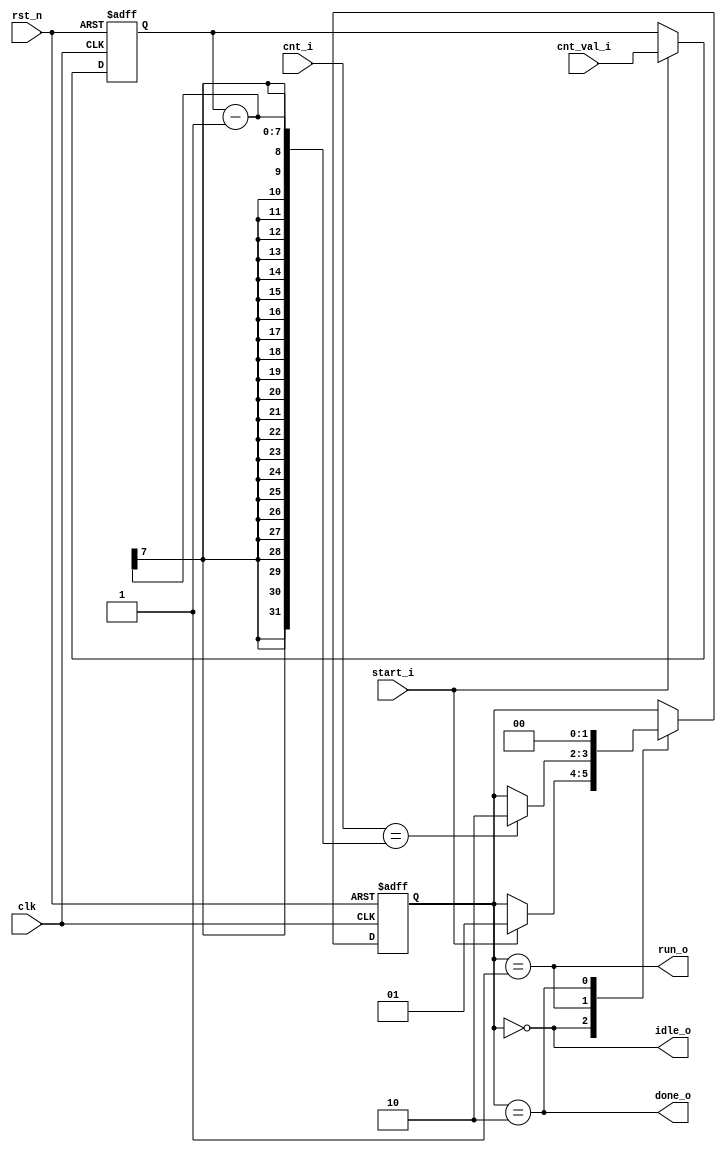
module Counter_fsm #(
    parameter CNT_WIDTH = 7
    )
    (
    input clk,
    input rst_n,
    
    input start_i,
    
    input [CNT_WIDTH-1:0] cnt_val_i,  // purpose of count
    input [CNT_WIDTH-1:0] cnt_i,      // counter counting number
    
    output idle_o,
    output run_o,
    output done_o
);

    localparam IDLE = 2'b00;
    localparam RUN  = 2'b01;
    localparam DONE = 2'b10;
    
    
    reg [CNT_WIDTH-1:0] cnt_val;
    // 1. cnt val capture
    always @(posedge clk, negedge rst_n) begin
        if (!rst_n) begin
            cnt_val <= {(CNT_WIDTH){1'b0}};        
        end else if (start_i) begin
            cnt_val <= cnt_val_i;        
        end 
    end
    
    
    reg [1:0] c_state, n_state;
    // 2. FSM seq logic
    always @(posedge clk, negedge rst_n) begin
        if (!rst_n) begin
            c_state <= IDLE;
        end else begin
            c_state <= n_state;
        end
    end
    
    // 3. FSM comb logic
    always @(*) begin
        n_state = c_state;    // prevent latch
        case (c_state) 
            IDLE : begin
                if (start_i) begin
                    n_state = RUN;  // if start_i, transition to RUN state
                end
            end
            RUN : begin
                if (cnt_i == cnt_val-1) begin
                    n_state = DONE; // if counter number is equal to cnt_val, transition to DONE state
                end
            end
            DONE : begin
                n_state = IDLE; // next cycle transition to IDLE
            end
        endcase
    end
    
    assign idle_o   = (c_state == IDLE);
    assign run_o    = (c_state == RUN);
    assign done_o   = (c_state == DONE);

endmodule